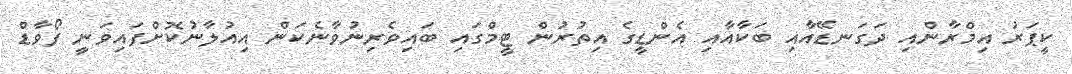
ކީޕަރު އިމްރާންއި ދަގަނޑޭއާއި ބަކާއާއި އެންޑީގެ އިތުރުން ޓީމްގައި ބައިވެރިނުވާނެކަން އިއުލާނުކޮށްފައިވަނީ ފޯވާޑް